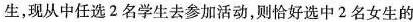
生，现从中任选2名学生去参加活动，则恰好选中2名女生的